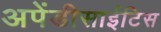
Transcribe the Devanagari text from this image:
अपेंडीसाईटिस